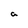
Character: a